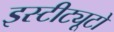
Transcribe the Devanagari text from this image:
इस्टीट्यूटो